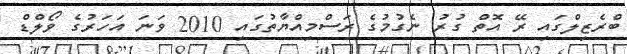
ބްރެޒިލްގައި ރޭ އޮތް ގުރު ނެގުމުގެ ރަސްމިއްޔާތުގައި 2010 ވަނަ އަހަރުގެ ވޯލްޑް